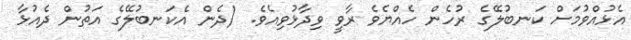
އެޅުއްވުމަށް ކަނބުލޭގެ ރުހެން ހެއްޔެވެ ރާވީ ވިދާޅުވިއެވެ. (ދެން އެކަނބުލޭގެ އަތުން ދެއުޅާ